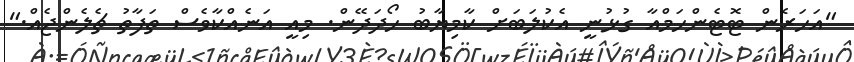
"އަހަރެން ޓޮޓެންހަމްއާ ގުޅުނީ އެކުލަބަށް ކާމިޔާބު ހޯދަދޭން. މިއީ އަނެއްކާވެސް ތަފާތު ޗެލެންޖެއް."